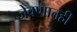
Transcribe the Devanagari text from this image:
जेवणातही